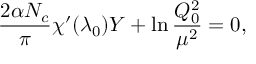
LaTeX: { \frac { 2 \alpha N _ { c } } { \pi } } \chi ^ { \prime } ( \lambda _ { 0 } ) Y + \ln { \frac { Q _ { 0 } ^ { 2 } } { \mu ^ { 2 } } } = 0 ,